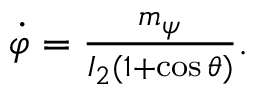
\begin{array} { r } { \dot { \varphi } = \frac { m _ { \psi } } { I _ { 2 } ( 1 + \cos \theta ) } . } \end{array}